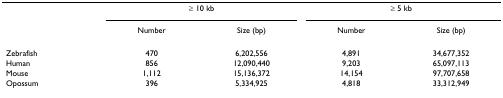
|  | <COLSPAN=2> ≥ 10 kb | <COLSPAN=2> ≥ 5 kb |
 |  | Number | Size (bp) | Number | Size (bp) |
 | --- | --- | --- | --- | --- |
 | Zebrafish | 470 | 6,202,556 | 4,891 | 34,677,352 |
 | Human | 856 | 12,090,440 | 9,203 | 65,097,113 |
 | Mouse | 1,112 | 15,136,372 | 14,154 | 97,707,658 |
 | Opossum | 396 | 5,334,925 | 4,818 | 33,312,949 |